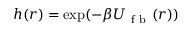
h ( r ) = \exp ( - \beta U _ { \mathrm { ~ f ~ b ~ } } ( r ) )